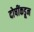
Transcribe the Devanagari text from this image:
दोषींकडून